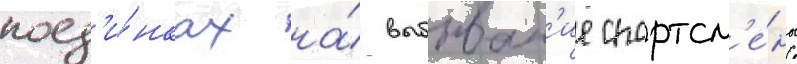
поед'и́нках на́ выбыван'ие спортсм'е́ны